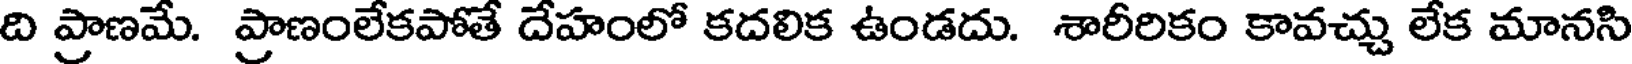
ది ప్రాణమే. ప్రాణంలేకపోతే దేహంలో కదలిక ఉండదు. శారీరికం కావచ్చు లేక మానసి